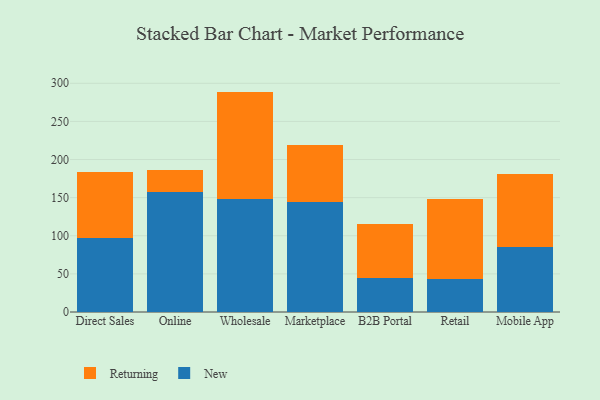
{"axis": {"x": "Channel", "y": "Budget (USD K)"}, "legend": ["New", "Returning"], "data": [{"x": "Direct Sales", "y": 96.9, "type": "New"}, {"x": "Direct Sales", "y": 87.3, "type": "Returning"}, {"x": "Online", "y": 158.0, "type": "New"}, {"x": "Online", "y": 28.4, "type": "Returning"}, {"x": "Wholesale", "y": 148.4, "type": "New"}, {"x": "Wholesale", "y": 140.7, "type": "Returning"}, {"x": "Marketplace", "y": 144.7, "type": "New"}, {"x": "Marketplace", "y": 74.3, "type": "Returning"}, {"x": "B2B Portal", "y": 44.1, "type": "New"}, {"x": "B2B Portal", "y": 70.9, "type": "Returning"}, {"x": "Retail", "y": 43.4, "type": "New"}, {"x": "Retail", "y": 104.2, "type": "Returning"}, {"x": "Mobile App", "y": 85.4, "type": "New"}, {"x": "Mobile App", "y": 95.9, "type": "Returning"}]}